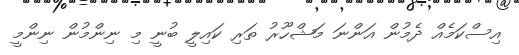
އިސްކަމެއް ދެމުން އަންނަ މަޝްހޫރު ތަރި ކައިލީ ބުނީ މި ނިންމުން ނިންމީ